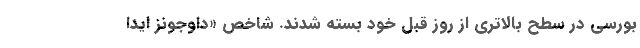
بورسی در سطح بالاتری از روز قبل خود بسته شدند. شاخص «داوجونز ایدا